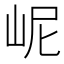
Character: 㞾